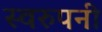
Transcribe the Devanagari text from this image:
स्वरुपनी